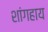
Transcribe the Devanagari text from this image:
शांगहाय